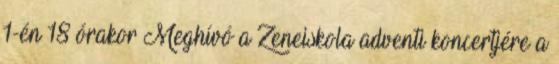
1-én 18 órakor Meghívó a Zeneiskola adventi koncertjére a